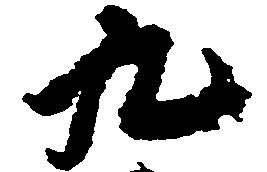
九